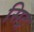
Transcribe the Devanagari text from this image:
सिट्र